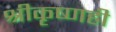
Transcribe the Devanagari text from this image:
श्रीकृष्णही